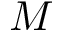
M